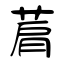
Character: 菺